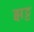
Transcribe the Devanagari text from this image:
झट्ट